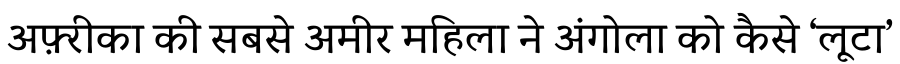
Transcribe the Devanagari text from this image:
अफ़्रीका की सबसे अमीर महिला ने अंगोला को कैसे ‘लूटा’